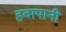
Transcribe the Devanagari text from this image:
हवापानी